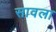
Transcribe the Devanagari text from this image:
सावला